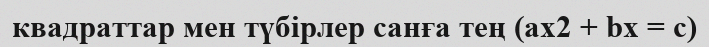
квадраттар мен түбірлер санға тең (ax2 + bx = c)